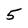
Character: 5